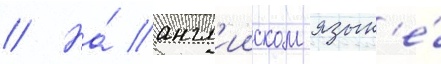
// На́ англ'ииском язык'е́